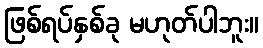
ဖြစ်ရပ်နှစ်ခု မဟုတ်ပါဘူး။